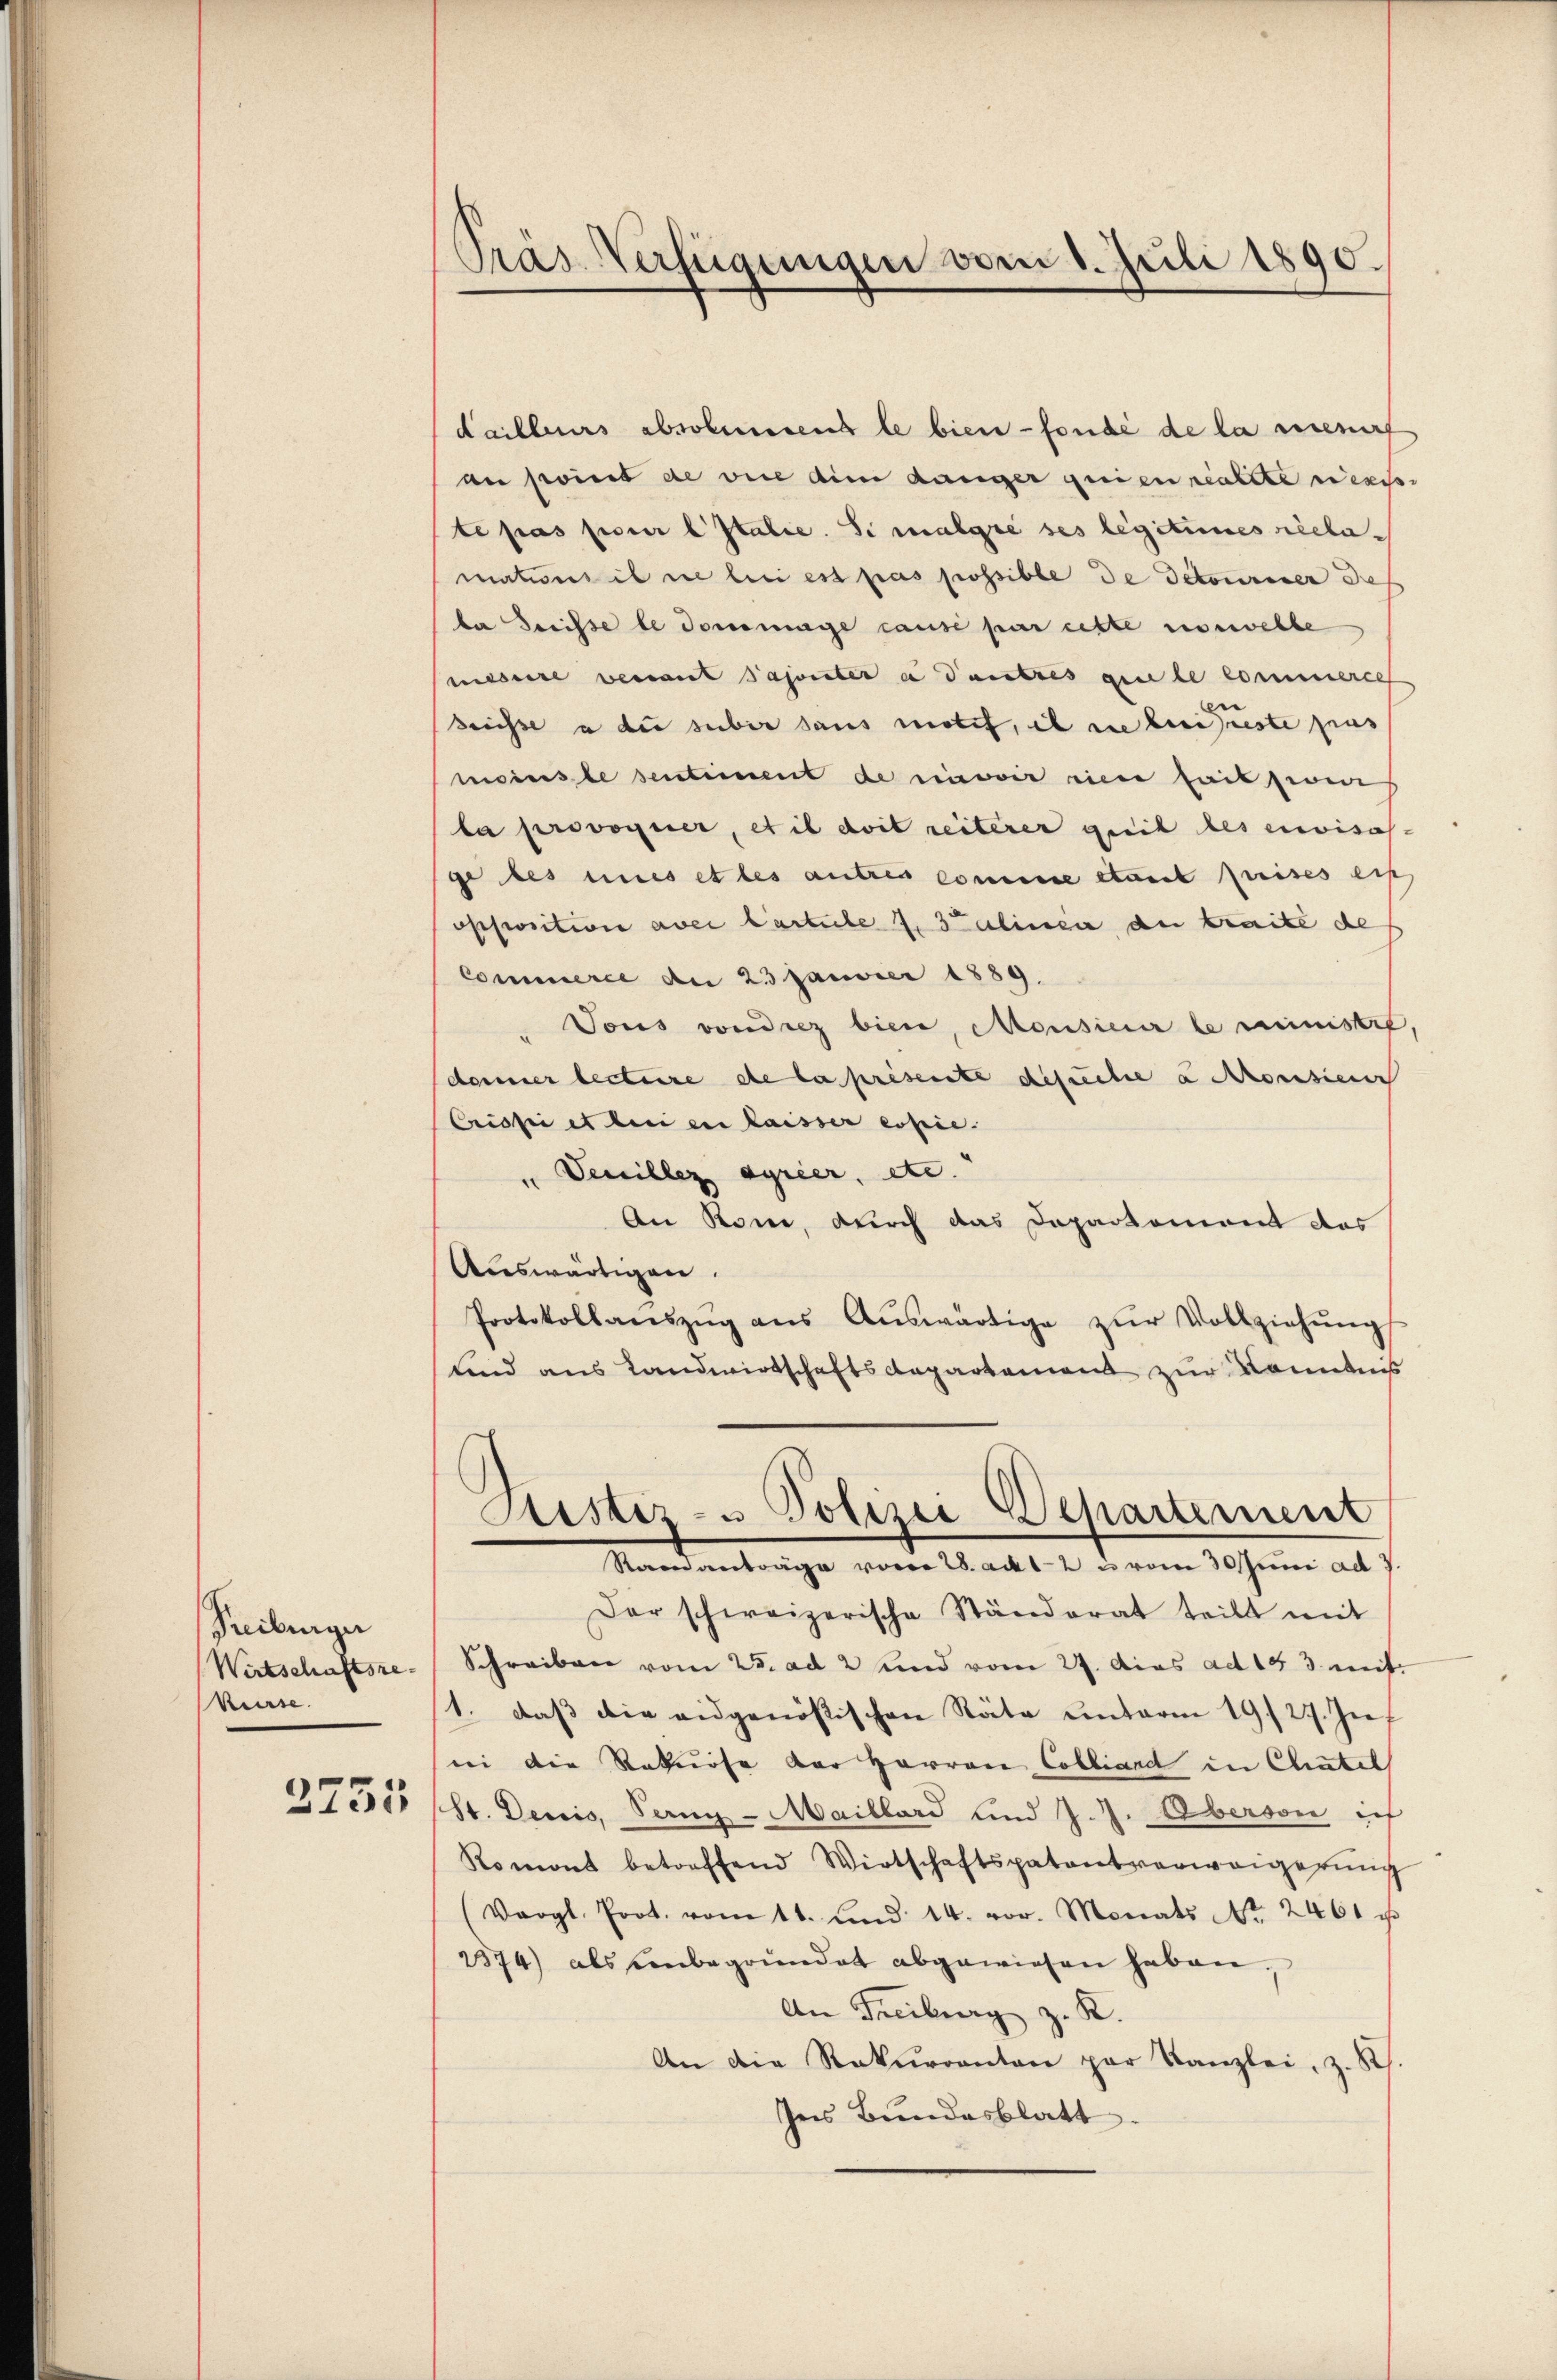
Freiburger
Wirtschaftsre
Kurse.

2755

Präs. Verfügungen vom 1. Juli 1890.

Failleurs absoluessens le bien - fonde de la riseurf
an point de vie dem darger quien realite niesse
te pas pour l Italie. Si malgré ses legitimes réelamations il ne lei est pas possible de detouriner deß
ba Dreisse le dommage cause par cette nouvelle
miesere venant Saponter es autres qui le commerce
breisse a die süber sans motif, il nie bei est pas
moinste sentiment de nie wir eine fait zwei
la provoquer, et il doit reiterer geeil des envisasge des eines et les autres comme etwas freises ein
opposition aver Carticle 4. Salinen der traite de
Commerce an 23 Janvier 1889.
Jons vondrez bien, Monsieur le ministre,
damner lectiere de la présente Gesuche eroesien
Crisse et bei en laisser ersie. |
" Venillez syrier, etc.
An Rone, durch das Departement des
Auswärtigen.
Protokollanszŭg aŭs Aŭswärtige zŭr Vollziehŭng
und aus Landwirtschaftsdepartement zur Kenntniß
Rustiz- u Polizei Departement
Ramanträge vom 28. ackt. 2 u vom 30 Juni ad 1.
Der schweizerische Ständerat teilt mit
Schreiben vom 25. ad 2 und vom 27. Das ad 193. mit
1. daß die eidgenössischen Räte unterm 19. 27. Zif.
ii die Rekurse der Herren Cobliard in Chutel
St. Denis, Sang-Maillard und J. J. Oberson ich
Romont betreffend Wirtschaftspatentverweigerŭng
(Vergl. Prot. vom 11. und 14. vor. Monats Nr. 2461 u
2374) als einbegründet abgewiesen haben,
An Freiburg z. K.
An die Rekurranton par Kanzlei, z. S.
Ins Bundesblatt